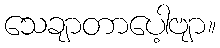
သေချာတာပေါ့ဗျာ။